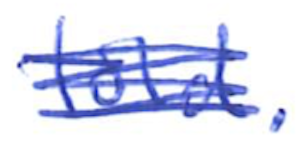
Text: told.
Cross-out: scratch
Writing tool: ballpoint